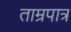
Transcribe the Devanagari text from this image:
ताम्रपात्र